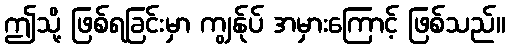
ဤသို့ ဖြစ်ရခြင်းမှာ ကျွန်ုပ် အမှားကြောင့် ဖြစ်သည်။